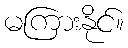
မကြားနိုင်။